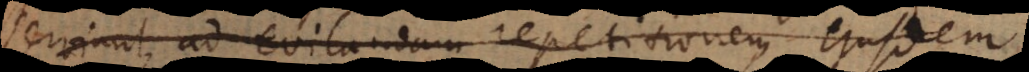
erviunt ad evitandam repetitionem ejusdem